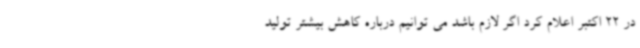
در 22 اکتبر اعلام کرد اگر لازم باشد می توانیم درباره کاهش بیشتر تولید